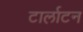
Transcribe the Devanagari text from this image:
टार्लाटन